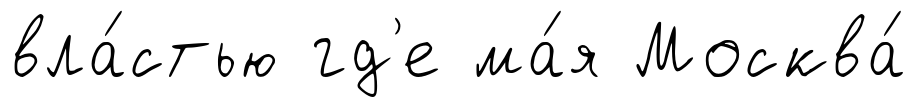
вла́стью гд'е ма́я Москва́